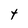
Character: t